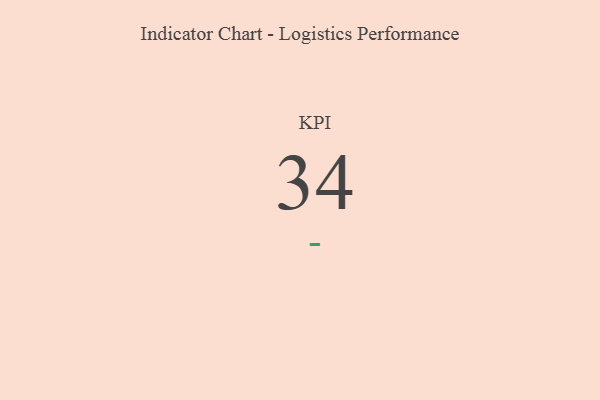
{"axis": {"x": "KPI", "y": "Value"}, "legend": [""], "data": [{"x": "KPI", "y": 34, "type": ""}]}